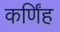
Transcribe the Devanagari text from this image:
कर्णिंह